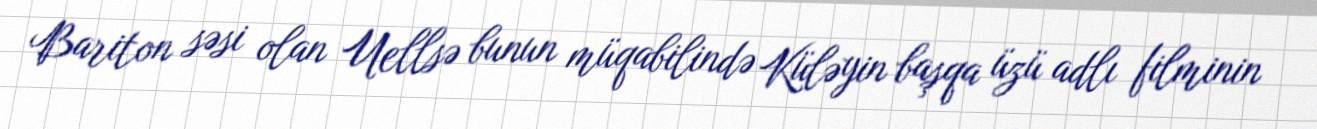
Bariton səsi olan Uellsə bunun müqabilində Küləyin başqa üzü adlı filminin